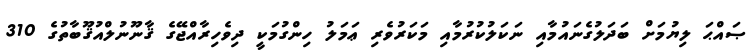
ޞައްޙަ ލިޔުމަށް ބަދަލުގެނައުމާއި ނަކަލުކުރުމާއި މަކަރުވެރި ޢަމަލު ހިންގުމަކީ ދިވެހިރާއްޖޭގެ ޤާނޫނުލްއުޤޫބާތުގެ 310